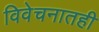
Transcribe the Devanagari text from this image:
विवेचनातही